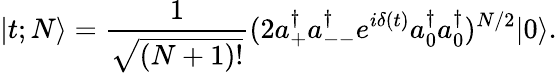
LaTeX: |t;N\rangle=\frac{1}{\sqrt{(N+1)!}}(2a_{+}^{\dagger}a_{--}^{\dagger}e^{i\delta(t)}a_{0}^{\dagger}a_{0}^{\dagger})^{N/2}|0\rangle.